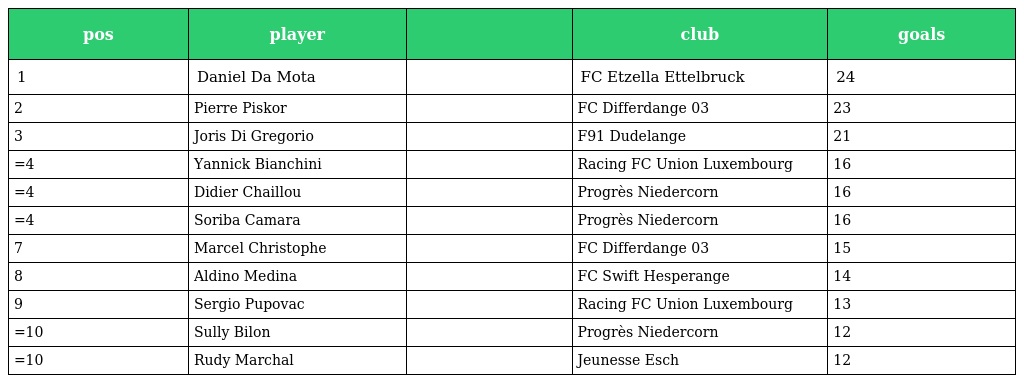
| pos | player |  | club | goals |
 | --- | --- | --- | --- | --- |
 | 1 | Daniel Da Mota |  | FC Etzella Ettelbruck | 24 |
 | 2 | Pierre Piskor |  | FC Differdange 03 | 23 |
 | 3 | Joris Di Gregorio |  | F91 Dudelange | 21 |
 | =4 | Yannick Bianchini |  | Racing FC Union Luxembourg | 16 |
 | =4 | Didier Chaillou |  | Progrès Niedercorn | 16 |
 | =4 | Soriba Camara |  | Progrès Niedercorn | 16 |
 | 7 | Marcel Christophe |  | FC Differdange 03 | 15 |
 | 8 | Aldino Medina |  | FC Swift Hesperange | 14 |
 | 9 | Sergio Pupovac |  | Racing FC Union Luxembourg | 13 |
 | =10 | Sully Bilon |  | Progrès Niedercorn | 12 |
 | =10 | Rudy Marchal |  | Jeunesse Esch | 12 |